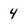
Character: 4